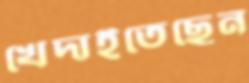
খেদাইতেছেন